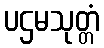
ပဌမသုတ္တံ